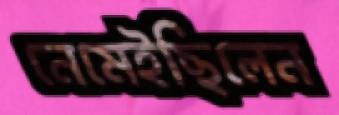
নেমেইছিলেন